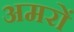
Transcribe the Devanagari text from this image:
अमरों